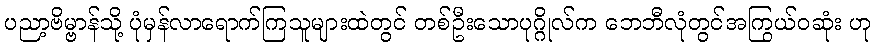
ပညာ့ဗိမ္ဗာန်သို့ ပုံမှန်လာရောက်ကြသူများထဲတွင် တစ်ဦးသောပုဂ္ဂိုလ်က ဘေဘီလုံတွင်အကြွယ်ဝဆုံး ဟု